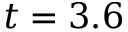
t = 3 . 6